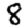
Digit: 8